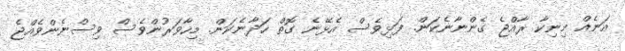
އަނެއް މިނިކާ ރާއްޖެ ގެންނާނެކަން. ފަޅިވެސް އެޅޭނެ ގޮތް ހަދާނެކަން. މިހާވަރުންވެސް ވިސްނެންވެއްޖެ